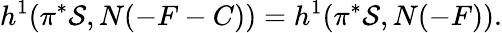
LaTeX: h^{1}(\pi^{*}{\cal S},N(-F-C))=h^{1}(\pi^{*}{\cal S},N(-F)).